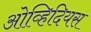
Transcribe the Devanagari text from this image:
ओव्हिदियस